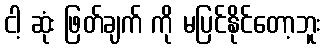
ငါ့ ဆုံး ဖြတ်ချက် ကို မပြင်နိုင်တော့ဘူး